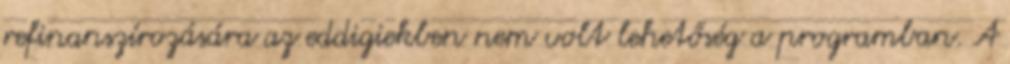
refinanszírozására az eddigiekben nem volt lehetőség a programban. A